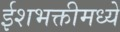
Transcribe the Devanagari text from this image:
ईशभक्तीमध्ये